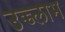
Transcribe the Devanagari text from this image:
उच्च्लाभ